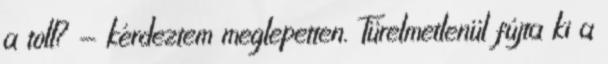
a toll? - kérdeztem meglepetten. Türelmetlenül fújta ki a